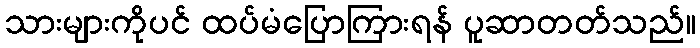
သားများကိုပင် ထပ်မံပြောကြားရန် ပူဆာတတ်သည်။